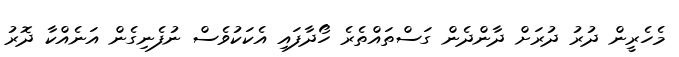
މެހެރީން ދުރު ދުރަށް ދާންދެން ގަސްތައްތެރެ ހޯދާފައި އެކަކުވެސް ނުފެނިގެން އަނެއްކާ ދޮރު